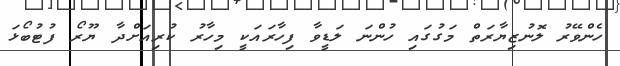
ހެންވޭރު ލޮނުޒިޔާރަތް މަގުގައި ހުންނަ ލަޑީވާ ފިހާރައަކީ މިހާރު ކުރިއަށްދާ ޔޫރޯ ފުޓުބޯޅަ